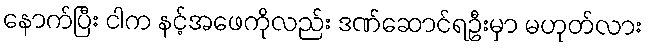
နောက်ပြီး ငါက နင့်အဖေကိုလည်း ဒဏ်ဆောင်ရဦးမှာ မဟုတ်လား